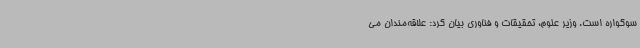
سوگواره است. وزیر علوم، تحقیقات و فناوری بیان کرد: علاقه‌مندان می